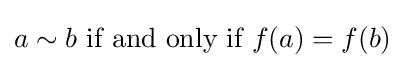
a{}\sim {}b{\text{ if and only if }}f(a)=f(b)